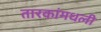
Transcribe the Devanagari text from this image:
तारकांमधली